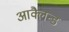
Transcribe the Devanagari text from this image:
आक्लैन्ड